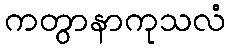
ကတွာနာကုသလံ